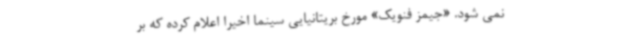
نمی شود. «جیمز فنویک» مورخ بریتانیایی سینما اخیرا اعلام کرده که بر